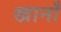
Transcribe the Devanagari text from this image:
खानाँ